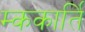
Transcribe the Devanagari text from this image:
म्ककार्ति